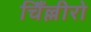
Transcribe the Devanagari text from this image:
चिँल्लीरो